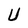
Character: U